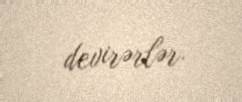
devirərlər.